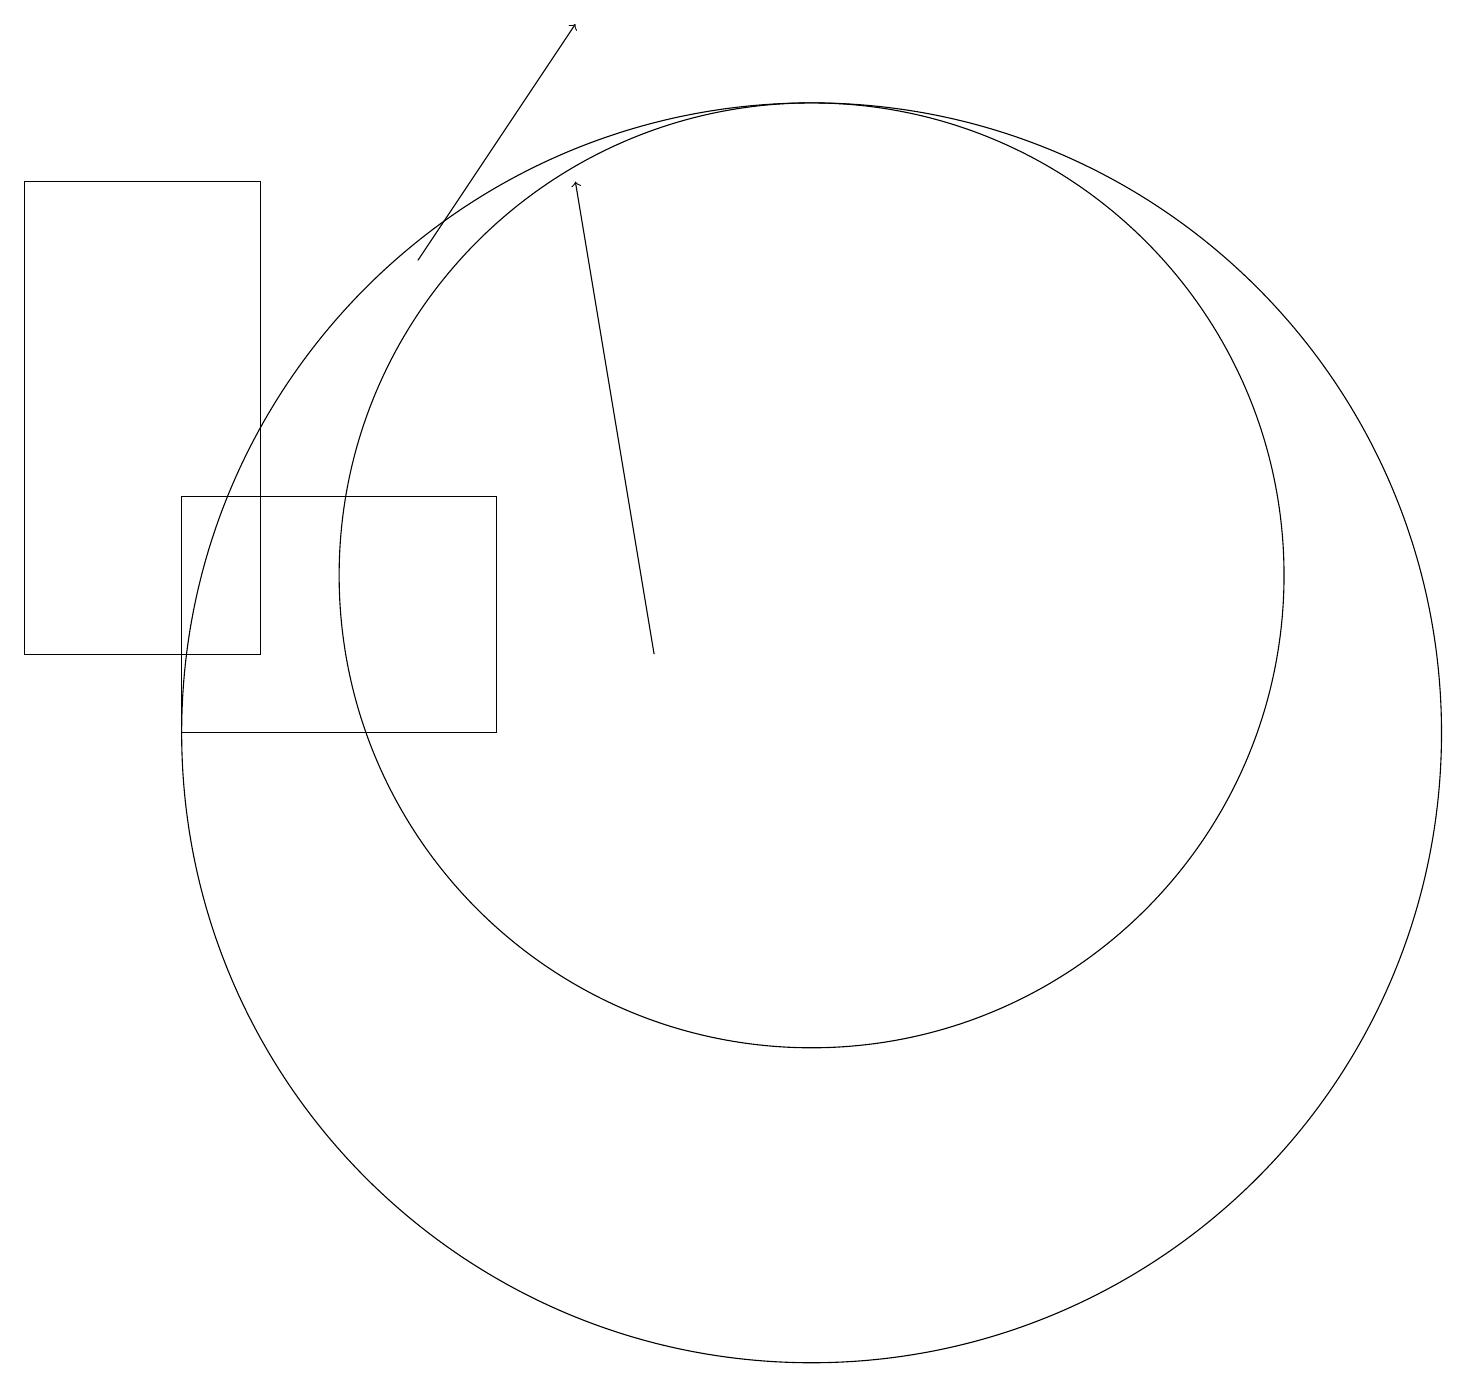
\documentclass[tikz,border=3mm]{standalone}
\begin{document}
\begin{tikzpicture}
\draw (11,10) circle (8);
\draw (7,10) rectangle (3,13);
\draw (4,17) rectangle (1,11);
\draw[->] (6,16) -- (8,19);
\draw (11,12) circle (6);
\draw[->] (9,11) -- (8,17);
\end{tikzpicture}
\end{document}